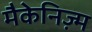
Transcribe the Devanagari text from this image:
मैकेनिज़्म